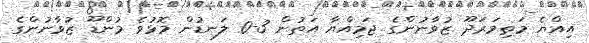
އިއްޔެ މަތިމަރަދޫ ޒުވާނުންގެ ޖަމިއްޔާ އަތުން 3-0 ލަނޑުން މޮޅުވެ މުންޑޫ ޒުވާނުންގެ